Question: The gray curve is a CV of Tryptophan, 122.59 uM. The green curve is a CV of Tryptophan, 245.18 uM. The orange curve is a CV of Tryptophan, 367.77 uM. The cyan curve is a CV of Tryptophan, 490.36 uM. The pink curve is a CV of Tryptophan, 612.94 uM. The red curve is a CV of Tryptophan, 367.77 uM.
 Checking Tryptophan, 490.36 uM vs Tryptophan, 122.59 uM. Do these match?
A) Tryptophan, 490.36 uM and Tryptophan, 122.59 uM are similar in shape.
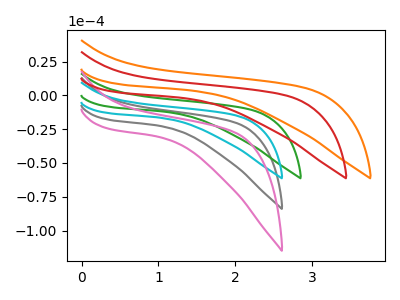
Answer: <think>The gray curve "Tryptophan, 122.59 uM" has no peaks. The green curve "Tryptophan, 245.18 uM" has no peaks. The orange curve "Tryptophan, 367.77 uM" has no peaks. The cyan curve "Tryptophan, 490.36 uM" has no peaks. The pink curve "Tryptophan, 612.94 uM" has no peaks. The red curve "Tryptophan, 367.77 uM" has no peaks.
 Neither "Tryptophan, 490.36 uM" or "Tryptophan, 122.59 uM" have any peaks.</think>
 <answer>A) "Tryptophan, 490.36 uM" and "Tryptophan, 122.59 uM" are similar in shape.</answer>
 <eval>A</eval>